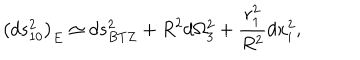
\left( d s _ { 1 0 } ^ { 2 } \right) _ { E } \simeq d s _ { B T Z } ^ { 2 } + R ^ { 2 } d \Omega _ { 3 } ^ { 2 } + { \frac { r _ { 1 } ^ { 2 } } { R ^ { 2 } } } d x _ { i } ^ { 2 } ,